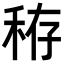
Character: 𥞘